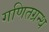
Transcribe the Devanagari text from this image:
गणितग्रन्थ